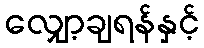
လျှော့ချရန်နှင့်